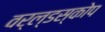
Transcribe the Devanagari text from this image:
वर्ल्डस्कोप